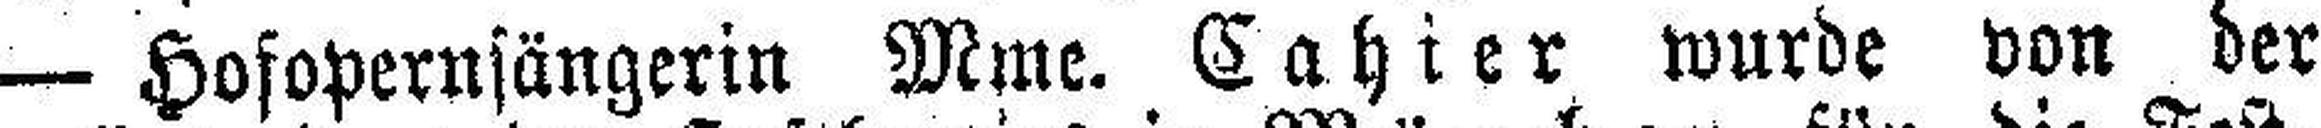
— Hofopernsängerin Mme. Cahier wurde von der